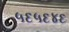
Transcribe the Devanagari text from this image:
५६५६४६